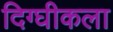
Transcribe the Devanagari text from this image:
दिग्घीकला